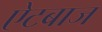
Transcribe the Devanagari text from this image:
ऐटबाज